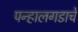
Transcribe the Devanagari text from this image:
पन्हालगडाचे